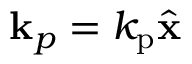
{ \bf k } _ { p } = k _ { \mathrm { p } } \hat { \bf x }